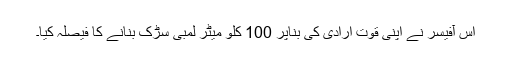
اس آفیسر نے اپنی قوت ارادی کی بناپر 100 کلو میٹر لمبی سڑک بنانے کا فیصلہ کیا۔